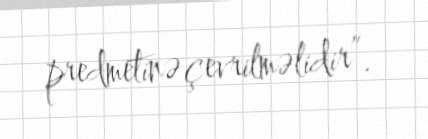
predmetinə çevrilməlidir”.